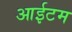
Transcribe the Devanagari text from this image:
आईटम